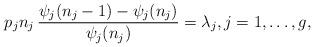
LaTeX: \begin{align*}p_j n_j \, \frac{\psi_j(n_j - 1) - \psi_j(n_j)}{\psi_j(n_j)} = \lambda_j,j = 1, \dots, g,\end{align*}